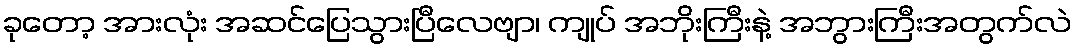
ခုတော့ အားလုံး အဆင်ပြေသွားပြီလေဗျာ၊ ကျုပ် အဘိုးကြီးနဲ့ အဘွားကြီးအတွက်လဲ